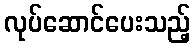
လုပ်ဆောင်ပေးသည့်